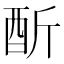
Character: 𨠇